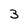
Character: 3